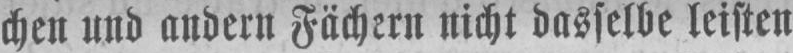
chen und andern Fächern nicht dasselbe leisten